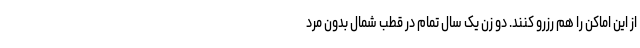
از این اماکن را هم رزرو کنند. دو زن یک سال تمام در قطب شمال بدون مرد